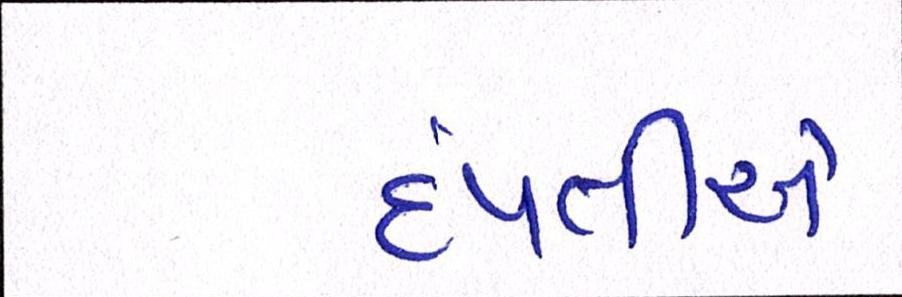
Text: દંપતીએ